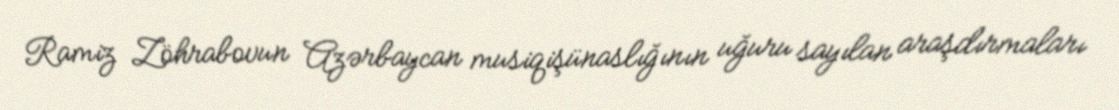
Ramiz Zöhrabovun Azərbaycan musiqişünaslığının uğuru sayılan araşdırmaları